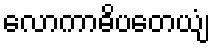
လောကာဓိပတေယျံ